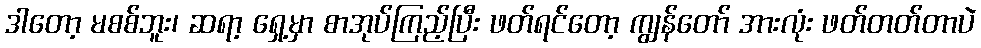
ဒါတော့ မစစ်ဘူး၊ ဆရာ့ ရှေ့မှာ စာအုပ်ကြည့်ပြီး ဖတ်ရင်တော့ ကျွန်တော် အားလုံး ဖတ်တတ်တာပဲ